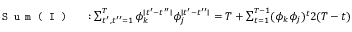
\begin{array} { r l } { \texttt { S u m ( I ) } } & { { } : \sum _ { t ^ { \prime } , t ^ { \prime \prime } = 1 } ^ { T } \phi _ { k } ^ { \mid t ^ { \prime } - t ^ { \prime \prime } \mid } \phi _ { j } ^ { \mid t ^ { \prime } - t ^ { \prime \prime } \mid } = T + \sum _ { t = 1 } ^ { T - 1 } ( \phi _ { k } \phi _ { j } ) ^ { t } 2 ( T - t ) } \end{array}